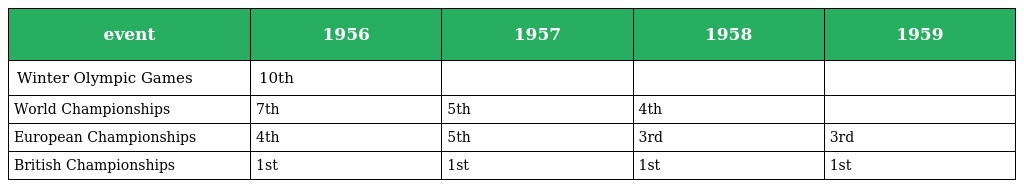
| event | 1956 | 1957 | 1958 | 1959 |
 | --- | --- | --- | --- | --- |
 | Winter Olympic Games | 10th |  |  |  |
 | World Championships | 7th | 5th | 4th |  |
 | European Championships | 4th | 5th | 3rd | 3rd |
 | British Championships | 1st | 1st | 1st | 1st |